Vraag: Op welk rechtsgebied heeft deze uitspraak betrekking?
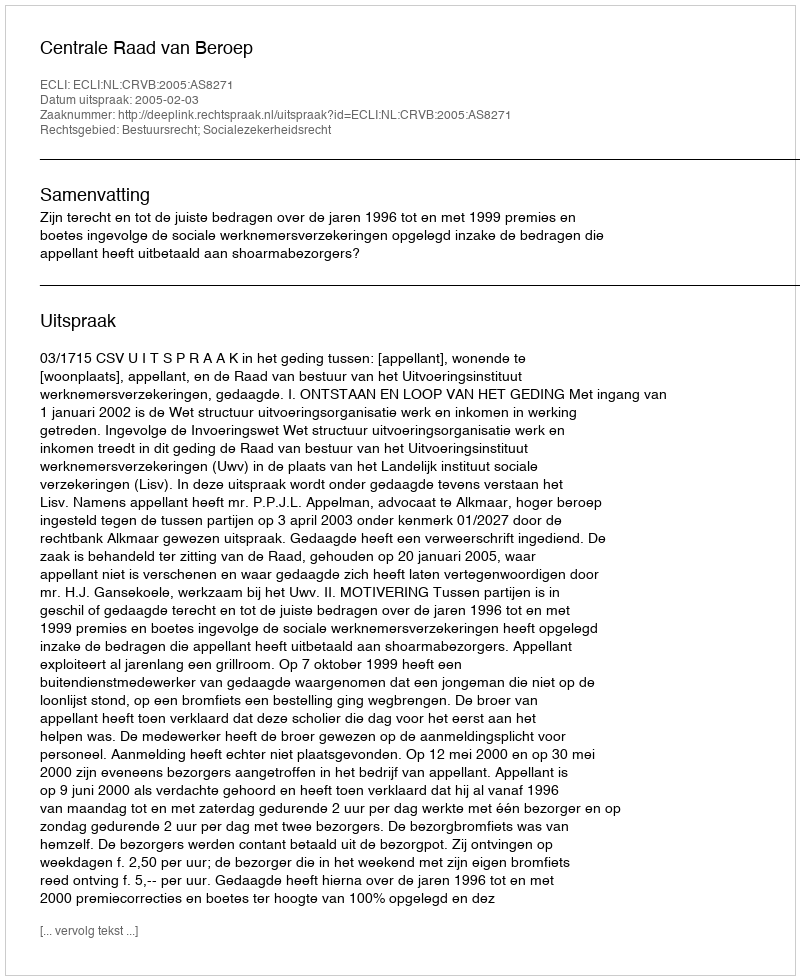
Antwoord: Bestuursrecht; Socialezekerheidsrecht